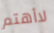
لاأهتم